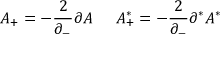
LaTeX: { \cal A } _ { + } = - \frac { 2 } { \partial _ { - } } \partial { \cal A } \; \; \; \; \; { \cal A } _ { + } ^ { * } = - \frac { 2 } { \partial _ { - } } \partial ^ { * } { \cal A } ^ { * }